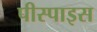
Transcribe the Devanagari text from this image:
पीस्पाइस